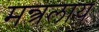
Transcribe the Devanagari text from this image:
मन्त्रलाय